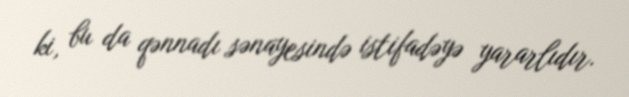
ki, bu da qənnadı sənayesində istifadəyə yararlıdır.